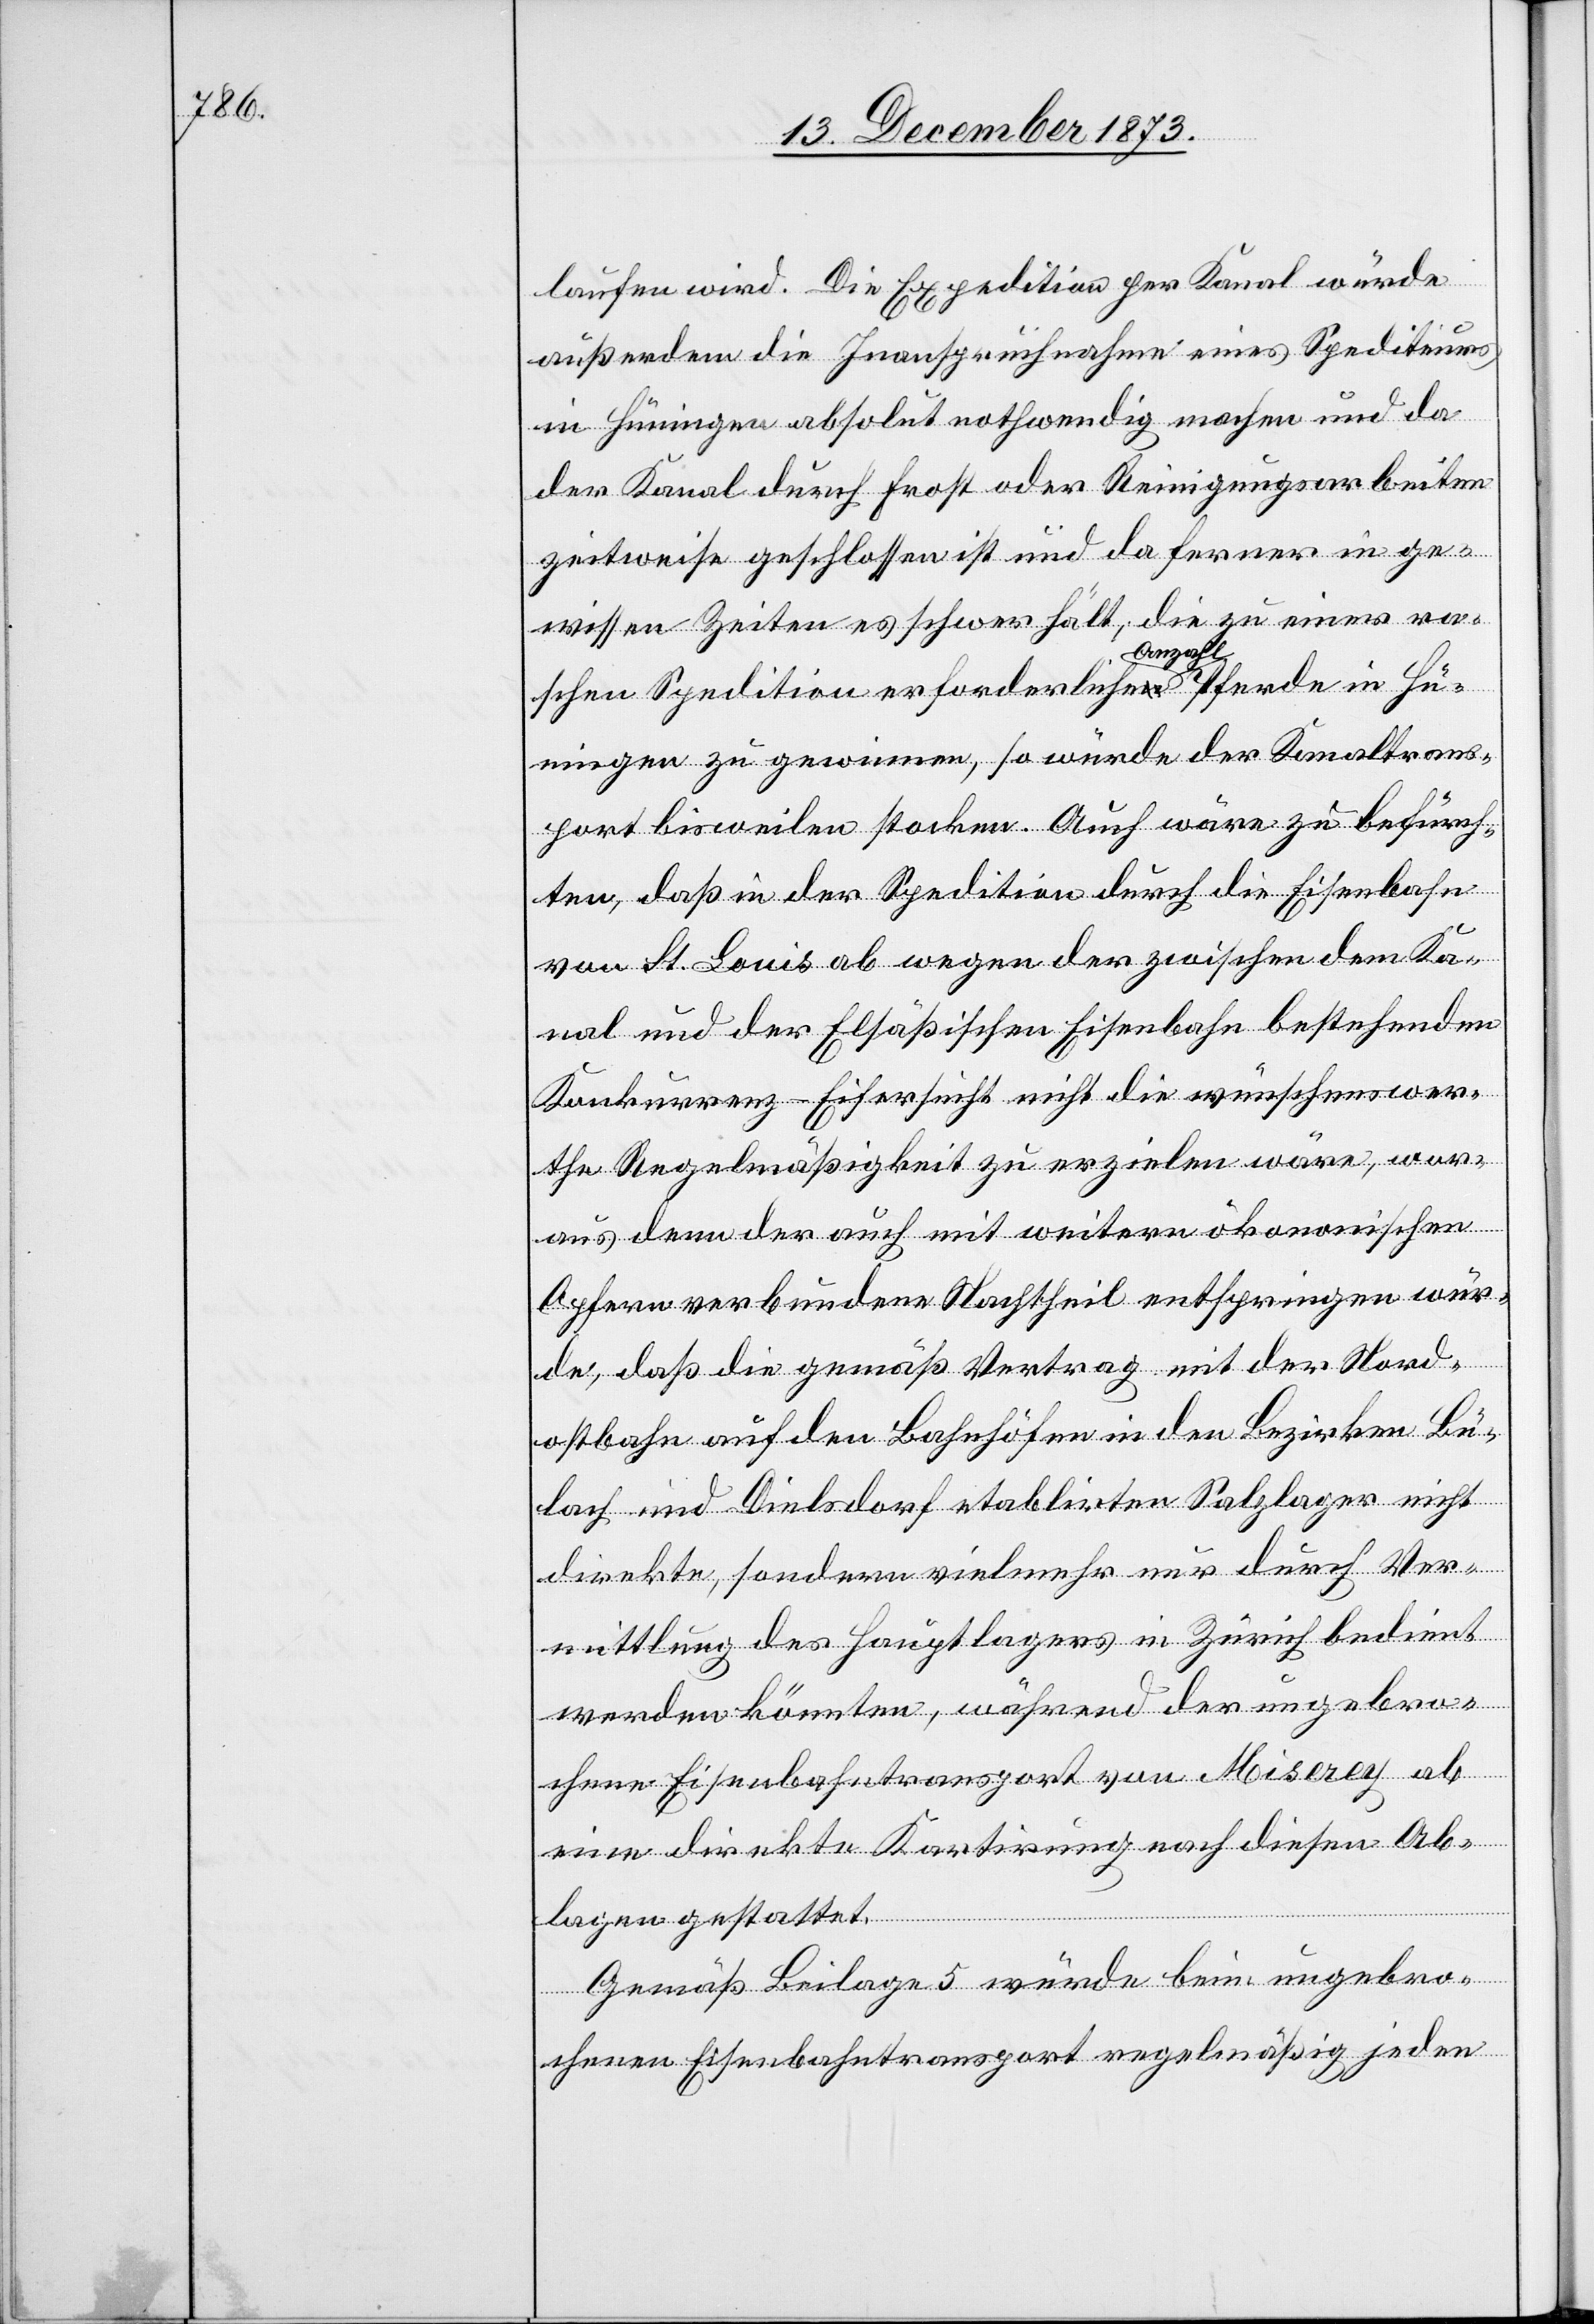
laufen wird. Die Expedition per Kanal würde
außerdem die Inanspruchnahme eines Spediteurs
in Hüningen absolut nothwendig machen und da
der Kanal durch Frost oder Reinigungsarbeiten
zeitweise geschlossen ist und da ferner in ge¬
wissen Zeiten es schwer hält, die zu einer ra¬
schen Spedition erforderliche Anzahl Pferde in Hün¬
ingen zu gewinnen, so würde der Kanaltrans¬
port bisweilen stocken. Auch wäre zu befürch¬
ten, daß in der Spedition durch die Eisenbahn
von St. Louis ab wegen der zwischen dem Ka¬
nal und der Elsäßischen Eisenbahn bestehenden
Konkurrenz-Eifersucht nicht die wünschenswer¬
the Regelmäßigkeit zu erzielen wäre, wor¬
aus denn der auch mit weitern ökonomischen
Opfern verbundene Nachtheil entspringen wür¬
de, daß die gemäß Vertrag mit der Nord¬
ostbahn auf den Bahnhöfen in den Bezirken Bü¬
lach und Dielsdorf etablirten Salzlager nicht
direkte, sondern vielmehr nur durch Ver¬
mittlung des Hauptlagers in Zürich bedient
werden könnten, während der ungebro¬
chene Eisenbahntransport von Miserey ab
eine direkte Kartirung nach diesen Ab¬
lagen gestattet.
Gemäß Beilage 5 würde beim ungebro¬
chenen Eisenbahntransport regelmäßig jeden